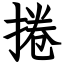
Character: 捲